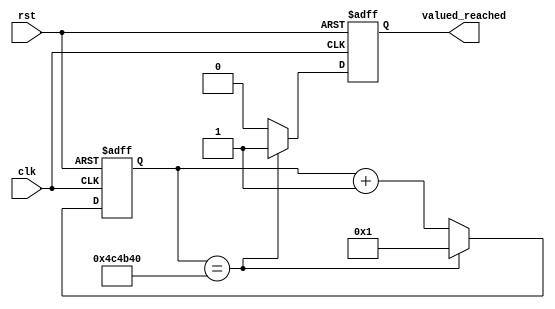

//////////////////////////////////////////////////////////////////////////////////
// Company: 
// Engineer: 
// 
// Design Name: 
// Module Name:    counter_top 
// Project Name: 
// Target Devices: 
// Tool versions: 
// Description: 
//
// Dependencies: 
//
// Revision: 
// Revision 0.01 - File Created
// Additional Comments: 
//
//////////////////////////////////////////////////////////////////////////////////
module counter_top #( parameter SIZE = 32, parameter VALUE = 5000000)(
	input clk,
	input rst,
	output reg valued_reached
    );

reg [SIZE-1:0] count_ff;




always @(posedge clk or posedge rst) begin
	if(rst) begin
		count_ff <= 'b1;
		valued_reached <= 1'b0;  
	end
	else begin
		if(count_ff == VALUE) begin
			valued_reached <= 1'b1;
			count_ff <= 'b1;
		end
		else begin
			count_ff <= count_ff + 1;
			valued_reached <= 1'b0;
		end
	end
end

endmodule